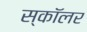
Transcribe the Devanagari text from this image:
स्‍कॉलर